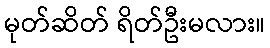
မုတ်ဆိတ် ရိတ်ဦးမလား။